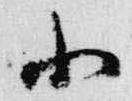
小